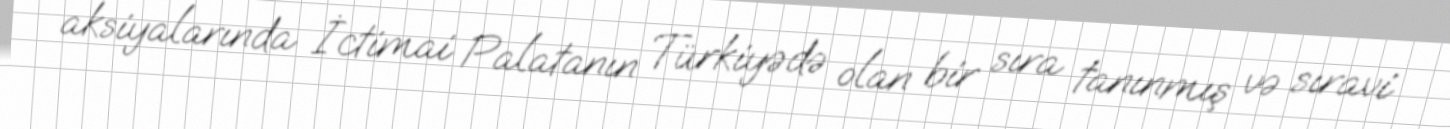
aksiyalarında İctimai Palatanın Türkiyədə olan bir sıra tanınmış və sıravi